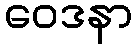
ဝေဒနာ